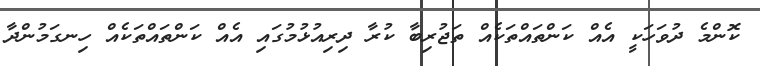
ކޮންމެ ދުވަހަކީ އެއް ކަންތައްތަކެއް ތަޖުރިބާ ކުރާ ދިރިއުޅުމުގައި އެއް ކަންތައްތަކެއް ހިނގަމުންދާ